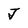
Character: J